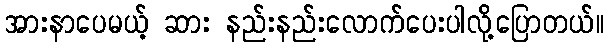
အားနာပေမယ့် ဆား နည်းနည်းလောက်ပေးပါလို့ပြောတယ်။